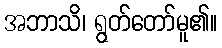
အဘာသိ၊ ရွတ်တော်မူ၏။